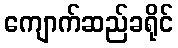
ကျောက်ဆည်ခရိုင်